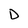
Character: D